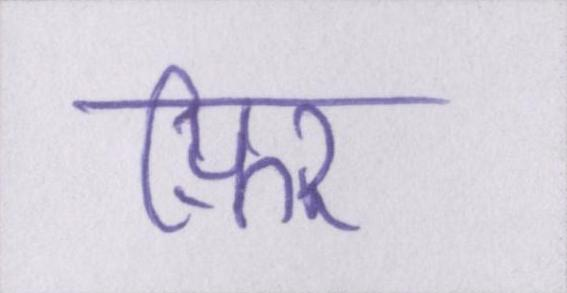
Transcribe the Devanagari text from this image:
फ़िर